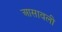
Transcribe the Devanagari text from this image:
आसावली